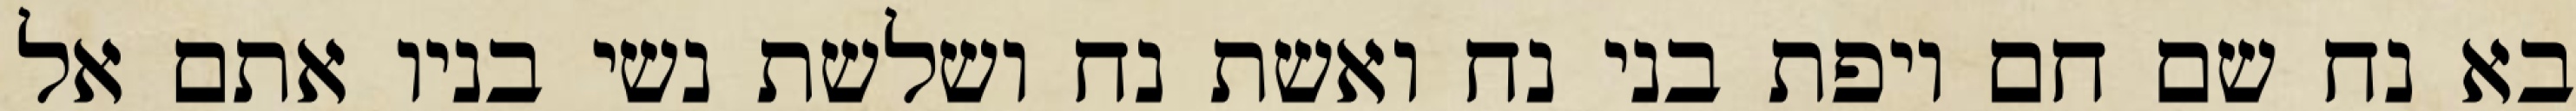
בא נח שם חם ויפת בני נח ואשת נח ושלשת נשי בניו אתם אל